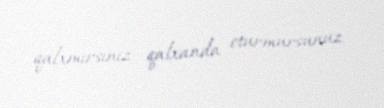
qalxmırsınız, qalxanda oturmursunuz.